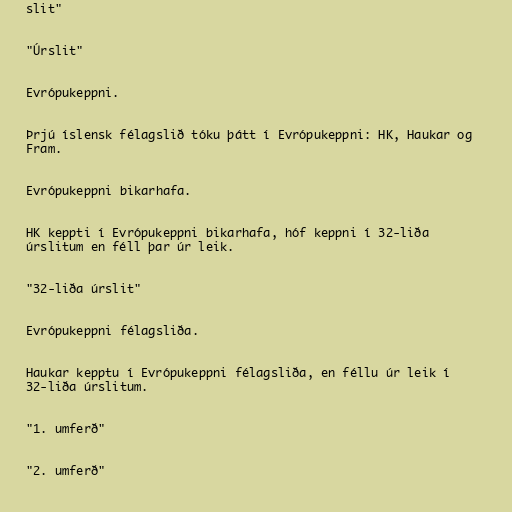
slit"

"Úrslit"

Evrópukeppni.

Þrjú íslensk félagslið tóku þátt í Evrópukeppni: HK, Haukar og
Fram.

Evrópukeppni bikarhafa.

HK keppti í Evrópukeppni bikarhafa, hóf keppni í 32-liða
úrslitum en féll þar úr leik.

"32-liða úrslit"

Evrópukeppni félagsliða.

Haukar kepptu í Evrópukeppni félagsliða, en féllu úr leik í
32-liða úrslitum.

"1. umferð"

"2. umferð"